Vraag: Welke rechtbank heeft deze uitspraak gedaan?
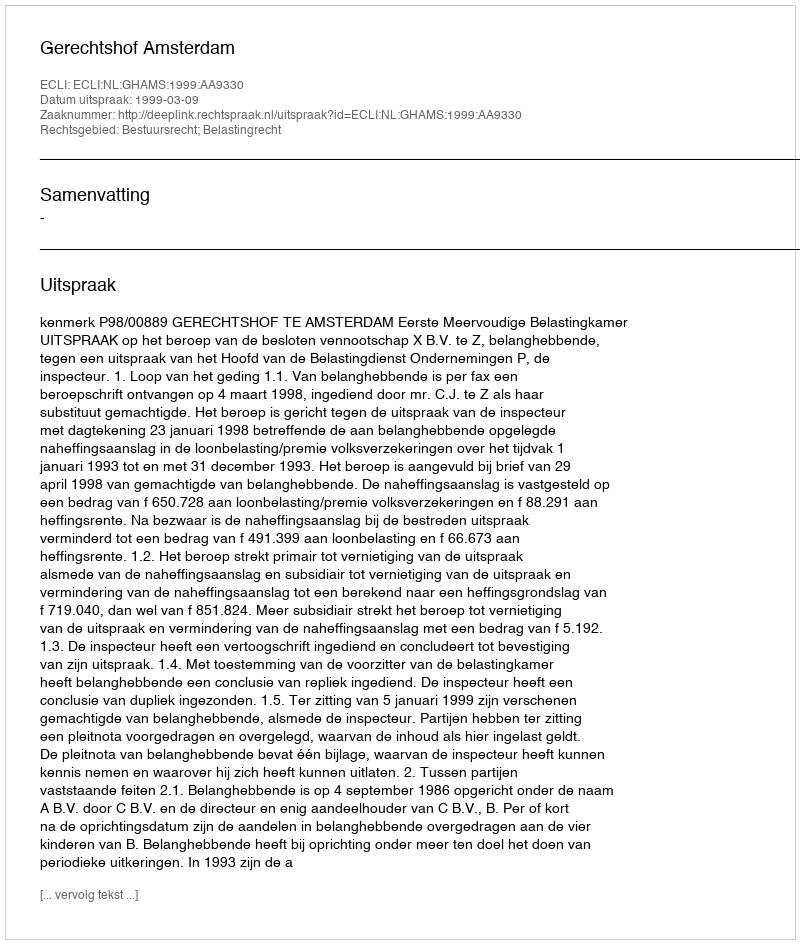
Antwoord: Gerechtshof Amsterdam